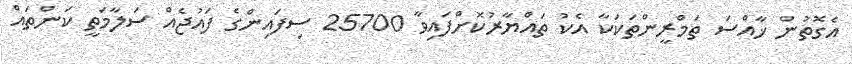
އެގޮތުން ޚާއްސަ ތަމްރީންތަކަކާ އެކު ތައްޔާރުކޮށްފައިވާ 25700 ސިފައިންގެ ފައުޖެއް ސަލާމަތީ ކަންތައް